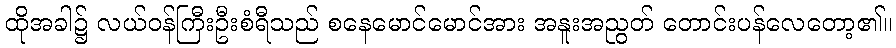
ထိုအခါ၌ လယ်ဝန်ကြီးဦးစံရီသည် စနေမောင်မောင်အား အနူးအညွတ် တောင်းပန်လေတော့၏။